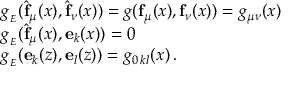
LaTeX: \begin{array} { l l } { { g _ { _ E } ( \widehat { \mathbf { f } } _ { \mu } ( x ) , \widehat { \mathbf { f } } _ { \nu } ( x ) ) = g ( \mathbf { f } _ { \mu } ( x ) , \mathbf { f } _ { \nu } ( x ) ) = g _ { \mu \nu } ( x ) } } \\ { { g _ { _ E } ( \widehat { \mathbf { f } } _ { \mu } ( x ) , \mathbf { e } _ { k } ( x ) ) = 0 } } \\ { { g _ { _ E } ( \mathbf { e } _ { k } ( z ) , \mathbf { e } _ { l } ( z ) ) = g _ { 0 \, k l } ( x ) \, . } } \end{array}